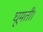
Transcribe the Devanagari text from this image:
घूमती।